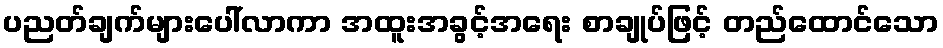
ပညတ်ချက်များပေါ်လာကာ အထူးအခွင့်အရေး စာချုပ်ဖြင့် တည်ထောင်သော